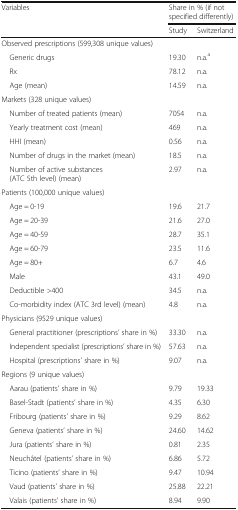
<table><thead><tr><td rowspan="2"><b>Variables</b></td><td colspan="2"><b>Share in % (if not specified differently)</b></td></tr><tr><td><b>Study</b></td><td><b>Switzerland</b></td></tr></thead><tbody><tr><td colspan="3">Observed prescriptions (599,308 unique values)</td></tr><tr><td> Generic drugs</td><td>19.30</td><td>n.a.<sup>a</sup></td></tr><tr><td> Rx</td><td>78.12</td><td>n.a.</td></tr><tr><td> Age (mean)</td><td>14.59</td><td>n.a.</td></tr><tr><td colspan="3">Markets (328 unique values)</td></tr><tr><td> Number of treated patients (mean)</td><td>7054</td><td>n.a.</td></tr><tr><td> Yearly treatment cost (mean)</td><td>469</td><td>n.a.</td></tr><tr><td> HHI (mean)</td><td>0.56</td><td>n.a.</td></tr><tr><td> Number of drugs in the market (mean)</td><td>18.5</td><td>n.a.</td></tr><tr><td> Number of active substances (ATC 5th level) (mean)</td><td>2.97</td><td>n.a.</td></tr><tr><td colspan="3">Patients (100,000 unique values)</td></tr><tr><td> Age = 0-19</td><td>19.6</td><td>21.7</td></tr><tr><td> Age = 20-39</td><td>21.6</td><td>27.0</td></tr><tr><td> Age = 40-59</td><td>28.7</td><td>35.1</td></tr><tr><td> Age = 60-79</td><td>23.5</td><td>11.6</td></tr><tr><td> Age = 80+</td><td>6.7</td><td>4.6</td></tr><tr><td> Male</td><td>43.1</td><td>49.0</td></tr><tr><td> Deductible &gt;400</td><td>34.5</td><td>n.a.</td></tr><tr><td> Co-morbidity index (ATC 3rd level) (mean)</td><td>4.8</td><td>n.a.</td></tr><tr><td colspan="3">Physicians (9529 unique values)</td></tr><tr><td> General practitioner (prescriptions’ share in %)</td><td>33.30</td><td>n.a.</td></tr><tr><td> Independent specialist (prescriptions’ share in %)</td><td>57.63</td><td>n.a.</td></tr><tr><td> Hospital (prescriptions’ share in %)</td><td>9.07</td><td>n.a.</td></tr><tr><td colspan="3">Regions (9 unique values)</td></tr><tr><td> Aarau (patients’ share in %)</td><td>9.79</td><td>19.33</td></tr><tr><td> Basel-Stadt (patients’ share in %)</td><td>4.35</td><td>6.30</td></tr><tr><td> Fribourg (patients’ share in %)</td><td>9.29</td><td>8.62</td></tr><tr><td> Geneva (patients’ share in %)</td><td>24.60</td><td>14.62</td></tr><tr><td> Jura (patients’ share in %)</td><td>0.81</td><td>2.35</td></tr><tr><td> Neuchâtel (patients’ share in %)</td><td>6.86</td><td>5.72</td></tr><tr><td> Ticino (patients’ share in %)</td><td>9.47</td><td>10.94</td></tr><tr><td> Vaud (patients’ share in %)</td><td>25.88</td><td>22.21</td></tr><tr><td> Valais (patients’ share in %)</td><td>8.94</td><td>9.90</td></tr></tbody></table>